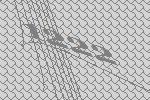
1222